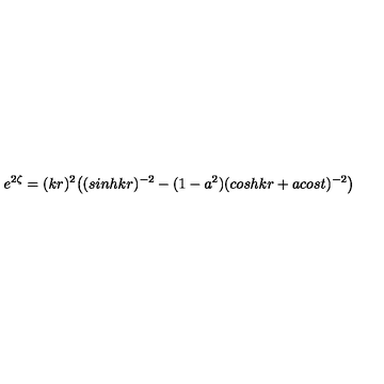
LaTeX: e ^ { 2 \zeta } = ( k r ) ^ { 2 } \bigl ( ( s i n h k r ) ^ { - 2 } - ( 1 - a ^ { 2 } ) ( c o s h k r + a c o s t ) ^ { - 2 } \bigr )